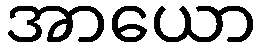
အာယော